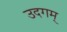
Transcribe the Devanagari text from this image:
उदगम्